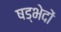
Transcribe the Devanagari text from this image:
षड्भेदों